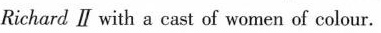
Richard ll with a cast of women of colour.